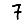
Digit: 7